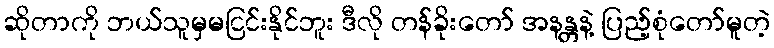
ဆိုတာကို ဘယ်သူမှမငြင်းနိုင်ဘူး ဒီလို တန်ခိုးတော် အနန္တနဲ့ ပြည့်စုံတော်မူတဲ့